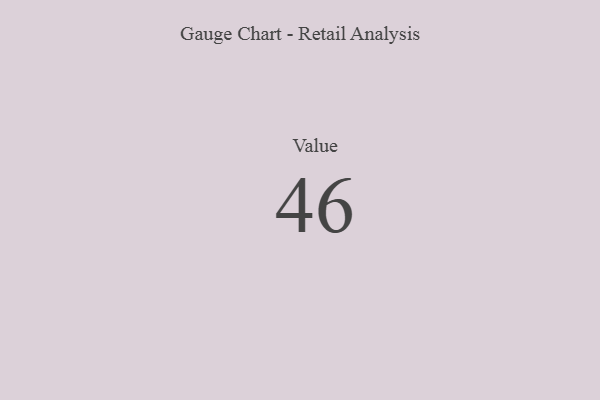
{"axis": {"x": "Metric", "y": "Value"}, "legend": [""], "data": [{"x": "Value", "y": 46, "type": ""}]}